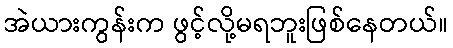
အဲယားကွန်းက ဖွင့်လို့မရဘူးဖြစ်နေတယ်။